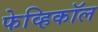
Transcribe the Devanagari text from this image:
फेव्हिकॉल